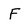
Character: F